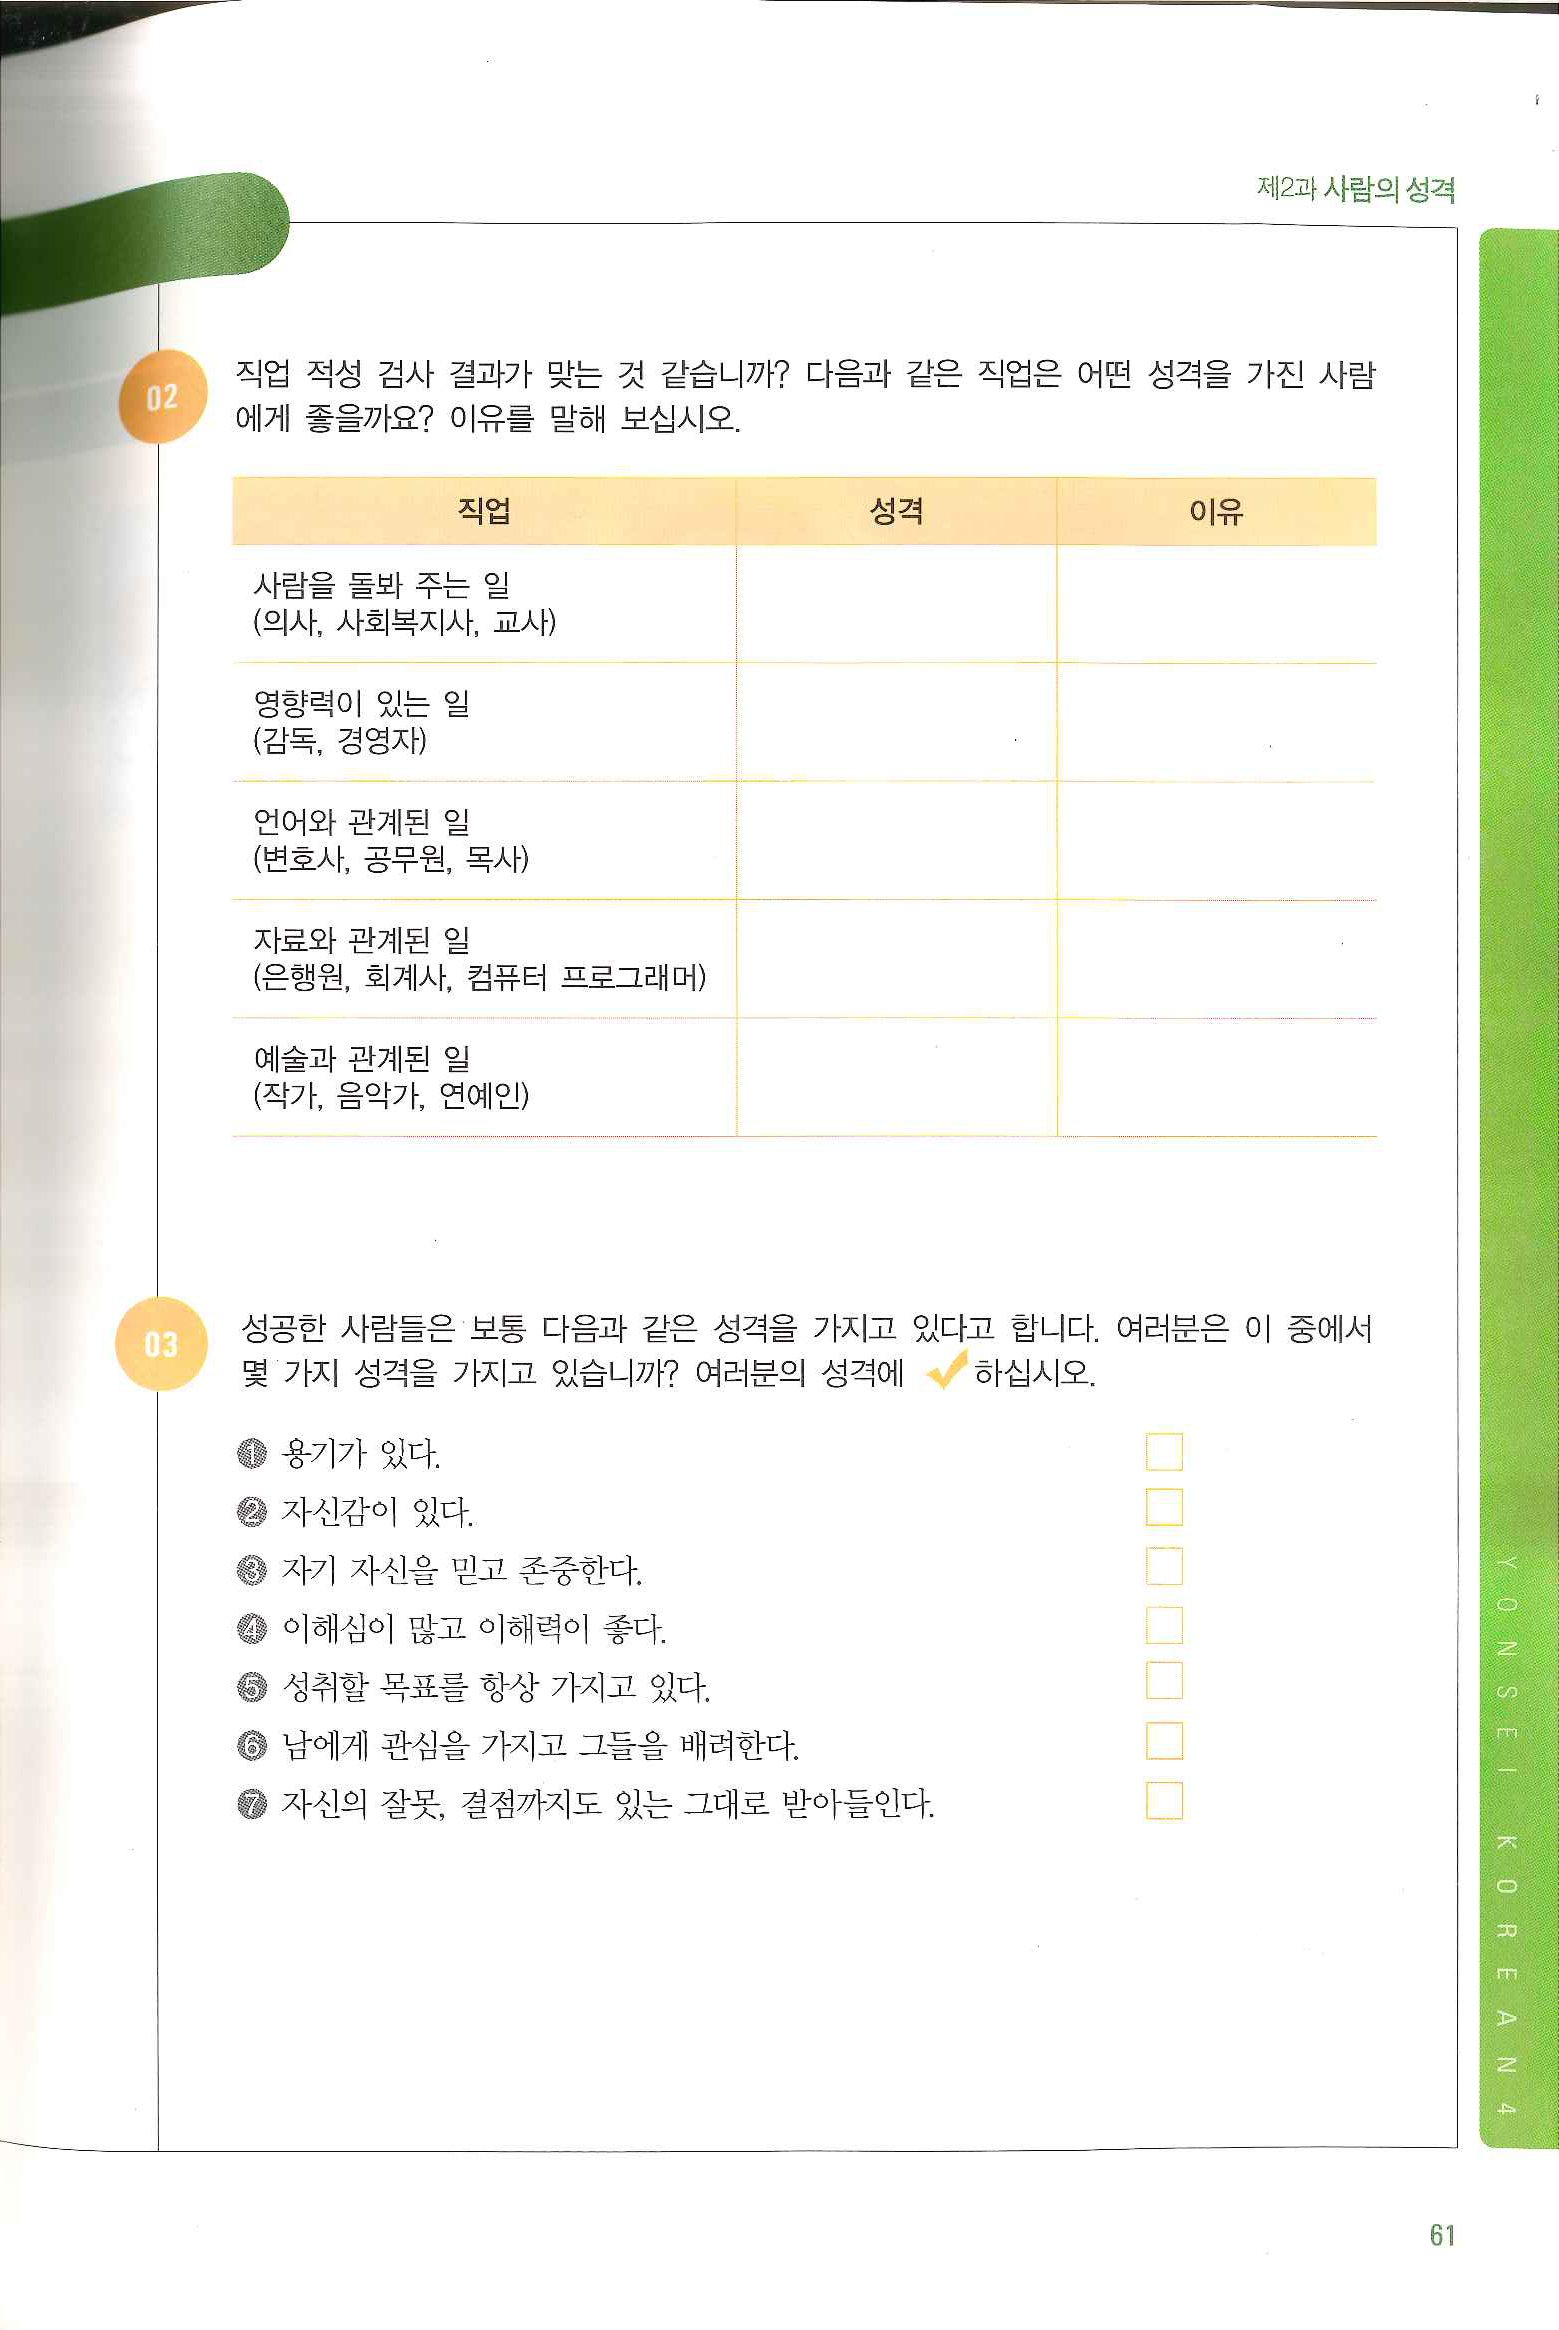
Language: ko